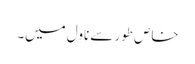
خاص طور سے ناول میں۔